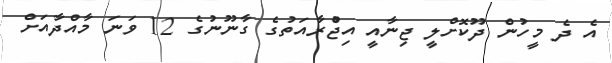
އެ ދެ މީހުން ދޫކޮށްލީ ޖިނާއީ އިޖްުރާއަތުގެ ގާނޫނުގެ 12 ވަނަ މާއްދާއަށް